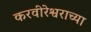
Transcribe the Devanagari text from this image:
करवीरेश्वराच्या